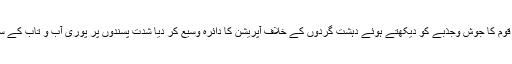
حکومت اور فوج نے قوم کا جوش وجذبے کو دیکھتے ہوئے دہشت گردوں کے خلاف آپریشن کا دائرہ وسیع کر دیا شدت پسندوں پر پوری آب و تاب کے ساتھ حملے کئے گئے۔